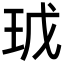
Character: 𭸿